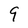
Character: 9